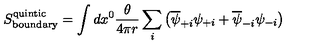
S _ { \mathrm { b o u n d a r y } } ^ { \mathrm { q u i n t i c } } = \int d x ^ { 0 } \frac { \theta } { 4 \pi r } \sum _ { i } \left( \overline { { \psi } } _ { + i } \psi _ { + i } + \overline { { \psi } } _ { - i } \psi _ { - i } \right)